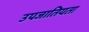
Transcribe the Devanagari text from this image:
उपजातियता